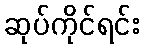
ဆုပ်ကိုင်ရင်း